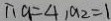
\therefore a _ { 1 } = 4 , a _ { 2 } = 1